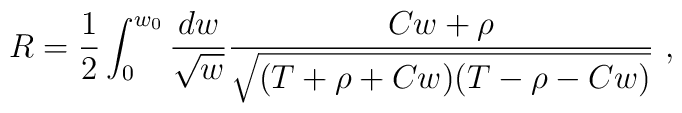
R = \frac{1}{2} \int_0^{w_0} \frac{dw}{\sqrt{w}}\frac{Cw+\rho}{ \sqrt{(T+\rho+C  w)(T-\rho-C w)}}\ ,